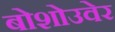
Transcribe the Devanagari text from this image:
बोशोउवेर